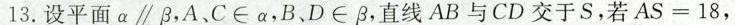
13.设平面αβ，A、C∈a，B、D∈β，直线AB与CD交于S，若AS=18，